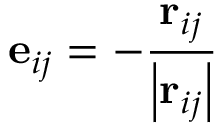
\mathbf { e } _ { i j } = - \frac { \mathbf { r } _ { i j } } { \left| \mathbf { r } _ { i j } \right| }